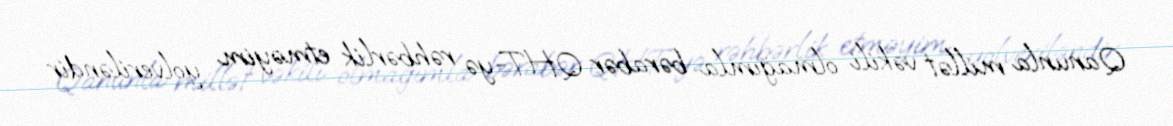
Qanunla millət vəkili olmağımla bərabər QHT-yə rəhbərlik etməyim yolveriləndir